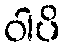
ဝါပိ